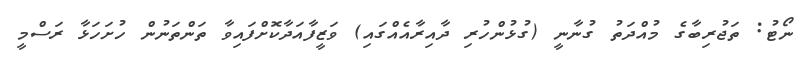
ނޯޓު: ތަޖުރިބާގެ މުއްދަތު ގުނާނީ (ގުޅުންހުރި ދާއިރާއެއްގައި) ވަޒީފާއަދާކޮށްފައިވާ ތަންތަނުން ހުށަހަޅާ ރަސްމީ